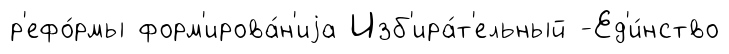
р'ефо́рмы форм'ирова́н'иjа Изб'ира́т'ельный -Ед'и́нство